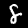
Label: 8